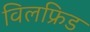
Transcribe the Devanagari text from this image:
विलफ्रिड